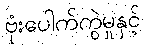
ဗုံးပေါက်ကွဲမှုနှင့်